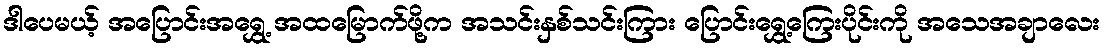
ဒါပေမယ့် အပြောင်းအရွှေ့ အထမြောက်ဖို့က အသင်းနှစ်သင်းကြား ပြောင်းရွှေ့ကြေးပိုင်းကို အသေအချာလေး